Senior Leaving Certificate Examination (including Day School Certificate (Higher) General paper), 1949
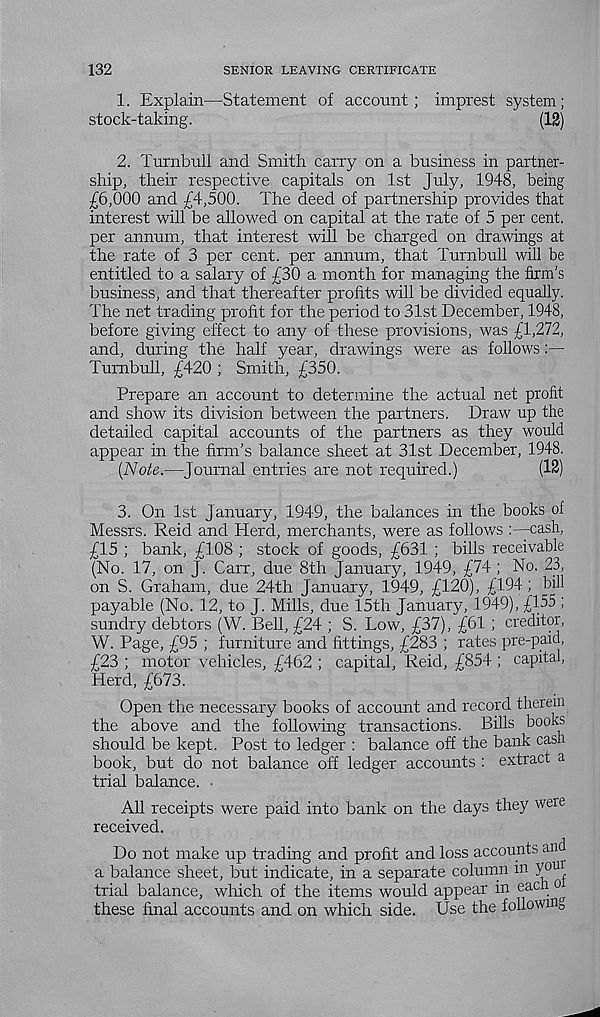
132
SENIOR LEAVING CERTIFICATE
1. Explain—Statement of account; imprest system;
stock-taking.
(12)
2. Turnbull and Smith carry on a business in partner-
ship, their respective capitals on 1st July, 1948, being
£6,000 and £4,500. The deed of partnership provides that
interest will be allowed on capital at the rate of 5 per cent,
per annum, that interest will be charged on drawings at
the rate of 3 per cent, per annum, that Turnbull will be
entitled to a salary of £30 a month for managing the firm’s
business, and that thereafter profits will be divided equally.
The net trading profit for the period to 31st December, 1948,
before giving effect to any of these provisions, was £1,272,
and, during the half year, drawings were as follows:—
Turnbull, £420 ; Smith, £350.
Prepare an account to determine the actual net profit
and show its division between the partners. Draw up the
detailed capital accounts of the partners as they would
appear in the firm’s balance sheet at 31st December, 1948.
(Note.—Journal entries are not required.)
(12)
3. On 1st January, 1949, the balances in the books of
Messrs. Reid and Herd, merchants, were as follows -cash,
£15 ; bank, £108 ; stock of goods, £631 ; bills receivable
(No. 17, on J. Carr, due 8th January, 1949, £74; No. 23,
on S. Graham, due 24th January, 1949, £120), £194; bill
payable (No. 12, to J. Mills, due 15th January, 1949), £155 ;
sundry debtors (W. Bell, £24 ; S. Low, £37), £61 ; creditor,
W. Page, £95 ; furniture and fittings, £283 ; rates pre-paid,
£23 ; motor vehicles, £462 ; capital, Reid, £854 ; capital,
Herd, £673.
Open the necessary books of account and record therein
the above and the following transactions. Bills books
should be kept. Post to ledger : balance off the bank cash
book, but do not balance off ledger accounts : extract a
trial balance. ■
All receipts were paid into bank on the days they weie
received.
Do not make up trading and profit and loss accounts and
a balance sheet, but indicate, in a separate column in youi
trial balance, which of the items would appear in each
these final accounts and on which side. Use the followm 0